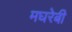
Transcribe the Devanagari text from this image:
मघरेबी